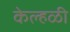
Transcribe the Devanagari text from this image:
केल्हळी